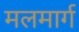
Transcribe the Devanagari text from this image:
मलमार्ग